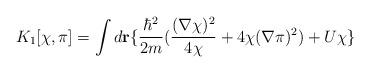
LaTeX: \begin{align*}K_1[\chi, \pi]=\int d{\bf r}\{{\hbar^2\over 2m}({(\nabla\chi)^2\over 4\chi}+4\chi(\nabla\pi)^2)+U\chi\}\end{align*}